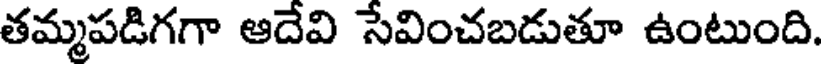
తమ్మపడిగగా ఆదేవి సేవించబడుతూ ఉంటుంది.